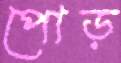
পোড়